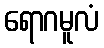
ရောဂမူလံ